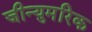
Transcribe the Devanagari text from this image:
जीन्युमरिक